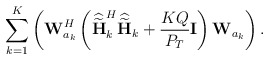
\begin{align*}\sum_{k=1}^K \left(\mathbf{W}_{a_k}^H\left(\widehat{\widetilde{\mathbf{H}}}_k^H\widehat{\widetilde{\mathbf{H}}}_k + \frac{KQ}{P_{T}}\mathbf{I} \right)\mathbf{W}_{a_k} \right).\end{align*}